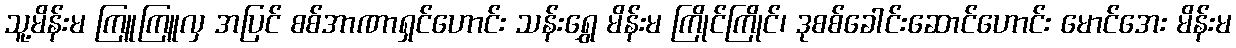
သူ့မိန်းမ ကြူကြူလှ အပြင် စစ်အာဏာရှင်ဟောင်း သန်းရွှေ မိန်းမ ကြိုင်ကြိုင်၊ ဒုစစ်ခေါင်းဆောင်ဟောင်း မောင်အေး မိန်းမ